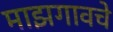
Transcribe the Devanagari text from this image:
माझगावचे